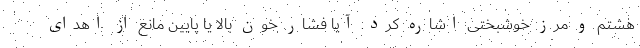
هشتم و مرز خوشبختی اشاره کرد. آیا فشار خون بالا یا پایین مانع از اهدای